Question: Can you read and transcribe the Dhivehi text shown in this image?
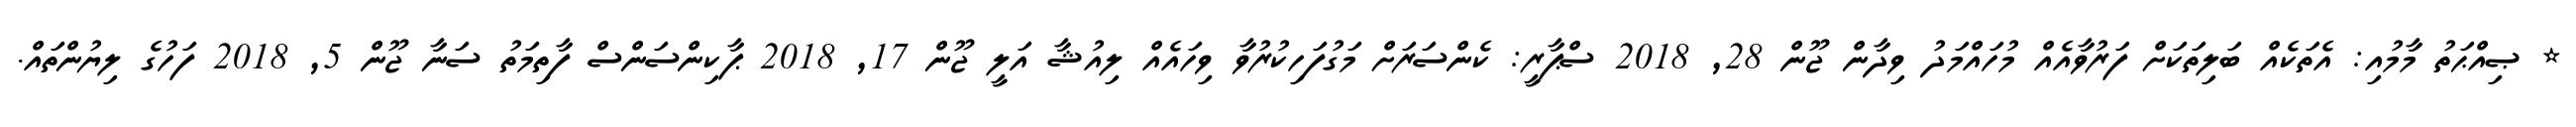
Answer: * ޞިއްޙަތު މާމުއި: އެތަކެއް ބަލިތަކަށް ފަރުވާއެއް މުހައްމަދު ވިދާން ޖޫން 28, 2018 ސްޕާރީ: ކެންސަރަށް މަގުފަހިކުރުވާ ވިހައެއް ލިއުޝާ އަލީ ޖޫން 17, 2018 ޕާކިންސަންސް ފާތިމަތު ސަނާ ޖޫން 5, 2018 ފަހުގެ ލިޔުންތައް.